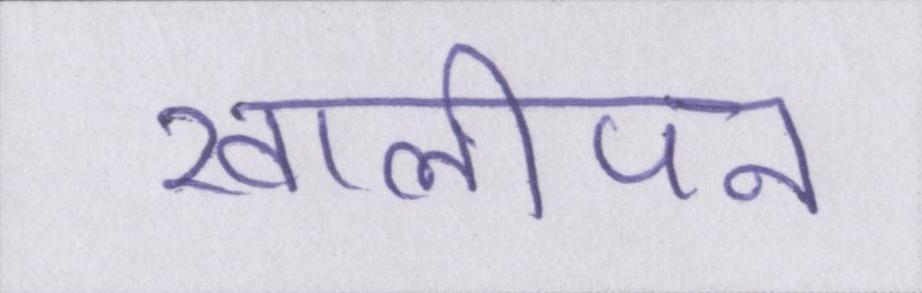
खालीपन